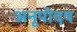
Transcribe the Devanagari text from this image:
अनूपोदय